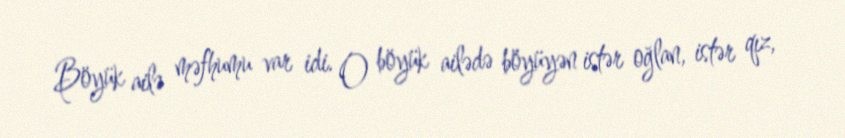
Böyük ailə məfhumu var idi. O böyük ailədə böyüyən istər oğlan, istər qız,